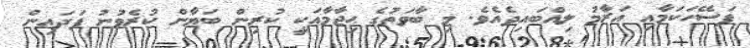
ފަސޭހަކަމާއި އަރާމު ލިއްބައިދެއެވެ. މި ބާވަތުގެ ޙިޖާމާއަކީ ކުރިން ބަޔާން ކުރެވުނު ފަދައިން